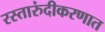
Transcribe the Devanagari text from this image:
रस्तारुंदीकरणात